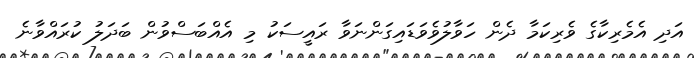
އަދި އެމެރިކާގެ ވެރިކަމާ ދެން ހަވާލުވެވަޑައިގަންނަވާ ރައީސަކު މި އެއްބަސްވުން ބަދަލު ކުރައްވާނެ